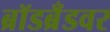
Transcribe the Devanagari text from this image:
ब्रॉडब्रँडवर